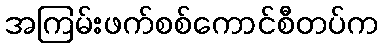
အကြမ်းဖက်စစ်ကောင်စီတပ်က